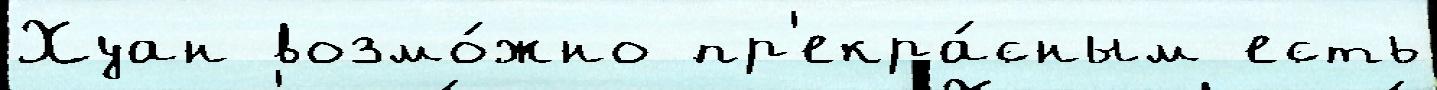
Хуан возмо́жно пр'екра́сным есть